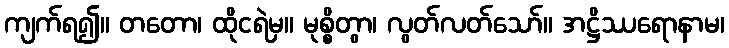
ကျက်ရ၍။ တတော၊ ထိုငရဲမှ။ မုစ္စိတွာ၊ လွတ်လတ်သော်။ အဋ္ဌိဿရောနာမ၊